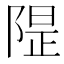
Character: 𱀣